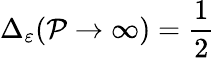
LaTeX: \Delta_{\varepsilon}(\mathcal{P}\rightarrow\infty)=\frac{{1}}{{2}}